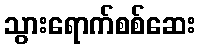
သွားရောက်စစ်ဆေး